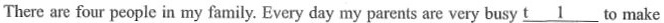
There are four people in my family. Every day my parents are very busy \underline{t1} to make